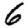
Digit: 6